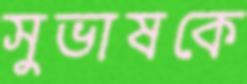
সুভাষকে